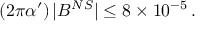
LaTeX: ( 2 \pi \alpha ^ { \prime } ) \, | { \cal B } ^ { N S } | \le 8 \times 1 0 ^ { - 5 } \, .